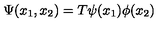
\Psi ( x _ { 1 } , x _ { 2 } ) = T \psi ( x _ { 1 } ) \phi ( x _ { 2 } )